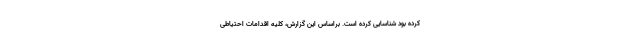
کرده بود شناسایی کرده است. براساس این گزارش، کلیه اقدامات احتیاطی